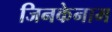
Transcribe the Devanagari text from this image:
जिनकेनाम